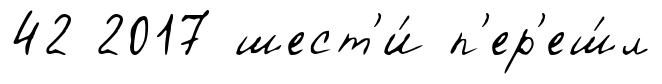
42 2017 шест'и́ п'ер'еш́л